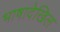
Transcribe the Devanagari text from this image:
भाषादेखिल